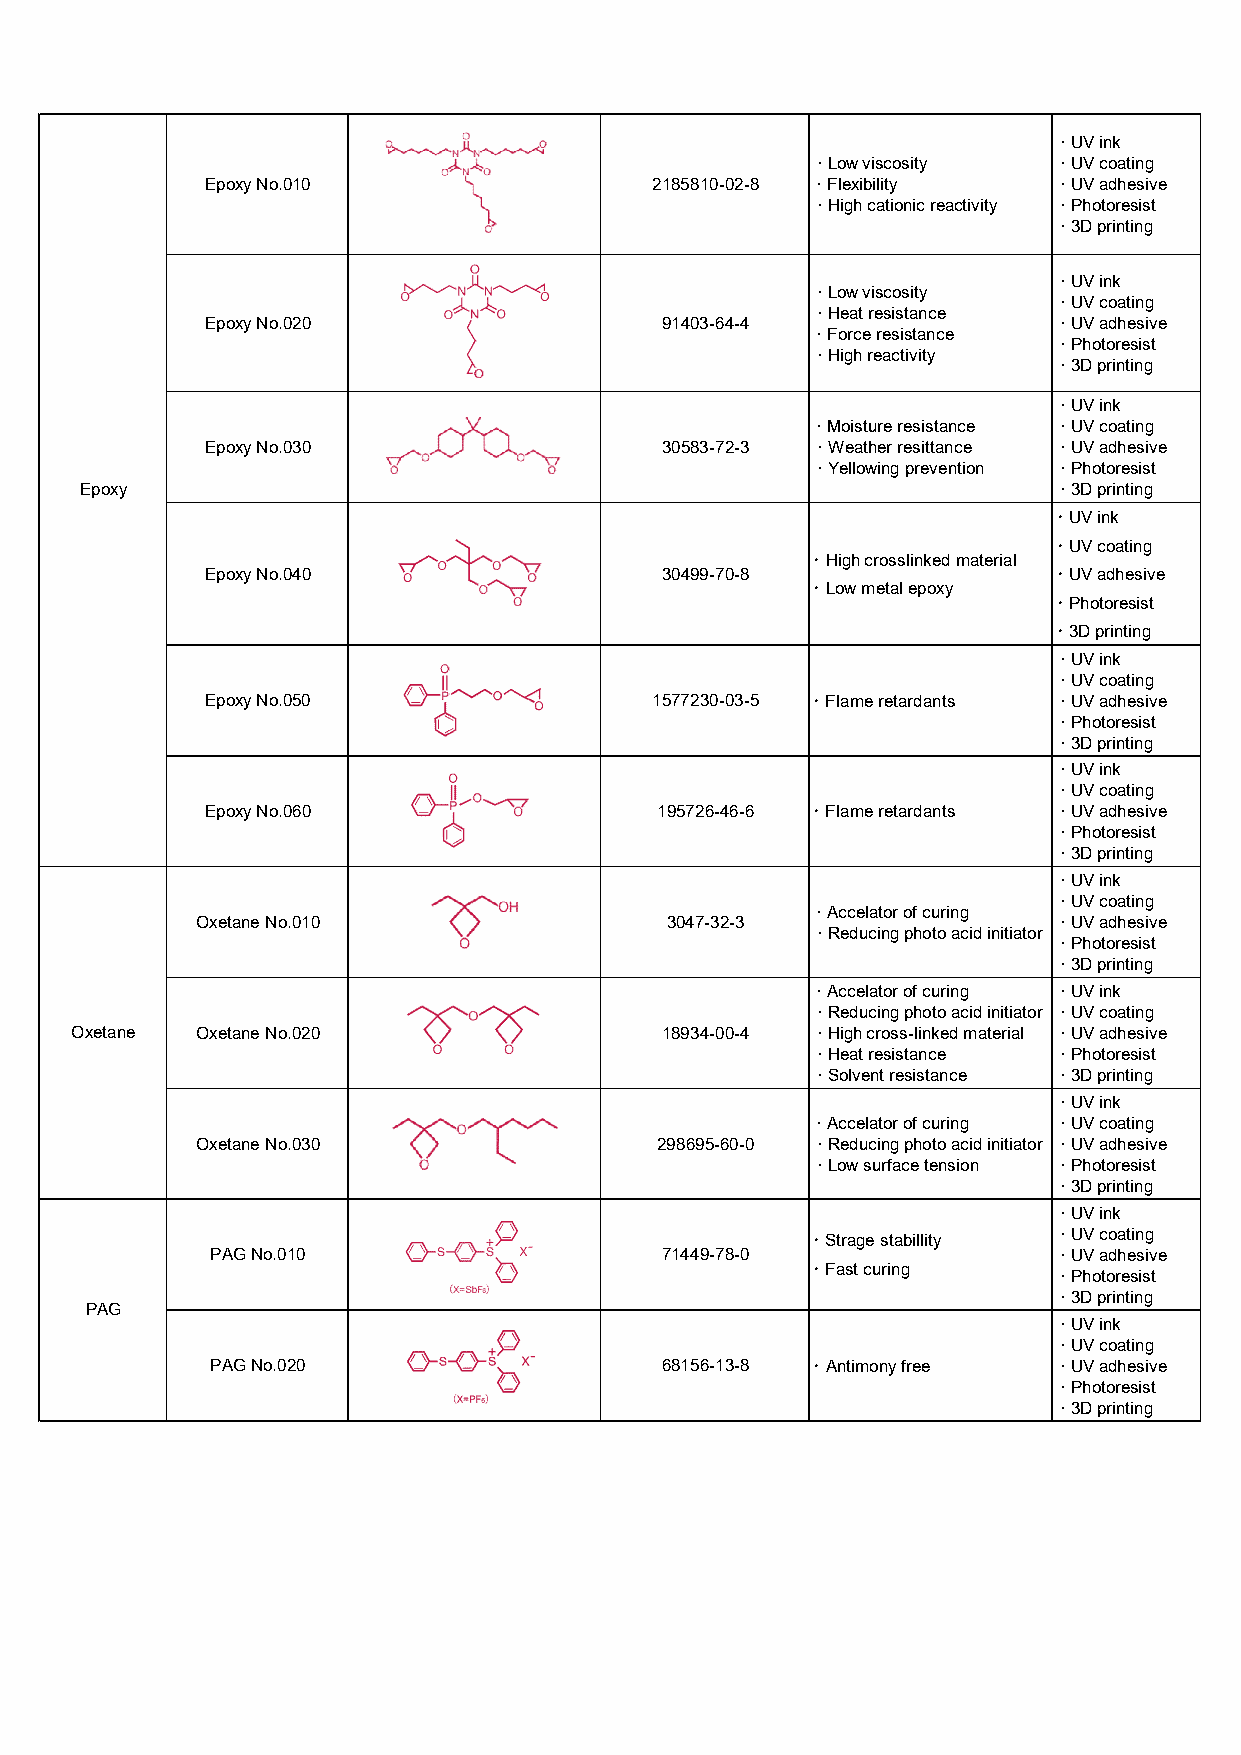
· UV ink
 · Low viscosity · UV coating
 Epoxy No.010                 2185810-02-8 · Flexibility · UV adhesive
 · High cationic reactivity · Photoresist
 · 3D printing
 · UV ink
 · Low viscosity
 · UV coating
 · Heat resistance
 Epoxy No.020                  91403-64-4                · UV adhesive
 · Force resistance
 · Photoresist
 · High reactivity
 · 3D printing
 · UV ink
 · Moisture resistance · UV coating
 Epoxy No.030                  30583-72-3 · Weather resittance · UV adhesive
 · Yellowing prevention · Photoresist
 Epoxy                                                            · 3D printing
 ･ UV ink
 ･ UV coating
 ･ High crosslinked material
 Epoxy No.040                  30499-70-8                ･ UV adhesive
 ･ Low metal epoxy
 ･ Photoresist
 ･ 3D printing
 · UV ink
 · UV coating
 Epoxy No.050                 1577230-03-5 ･ Flame retardants · UV adhesive
 · Photoresist
 · 3D printing
 · UV ink
 · UV coating
 Epoxy No.060                 195726-46-6 ･ Flame retardants · UV adhesive
 · Photoresist
 · 3D printing
 · UV ink
 · UV coating
 · Accelator of curing
 Oxetane No.010                 3047-32-3                 · UV adhesive
 · Reducing photo acid initiator
 · Photoresist
 · 3D printing
 · Accelator of curing · UV ink
 · Reducing photo acid initiator · UV coating
 Oxetane Oxetane No.020                 18934-00-4 · High cross-linked material · UV adhesive
 · Heat resistance · Photoresist
 · Solvent resistance · 3D printing
 · UV ink
 · Accelator of curing · UV coating
 Oxetane No.030                298695-60-0 · Reducing photo acid initiator · UV adhesive
 · Low surface tension · Photoresist
 · 3D printing
 · UV ink
 · UV coating
 ･ Strage stabillity
 PAG No.010                    71449-78-0                · UV adhesive
 ･ Fast curing   · Photoresist
 · 3D printing
 PAG
 · UV ink
 · UV coating
 PAG No.020                    68156-13-8 ･ Antimony free · UV adhesive
 · Photoresist
 · 3D printing